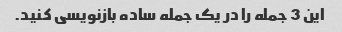
این 3 جمله را در یک جمله ساده بازنویسی کنید.